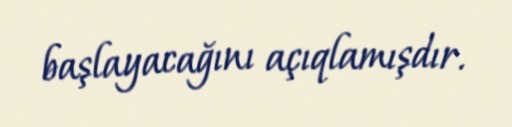
başlayacağını açıqlamışdır.